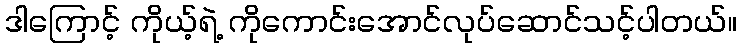
ဒါကြောင့် ကိုယ့်ရဲ့ ကိုကောင်းအောင်လုပ်ဆောင်သင့်ပါတယ်။